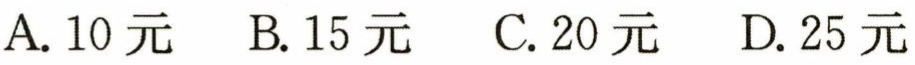
A. 10元  B. 15元  C. 20元  D. 25元